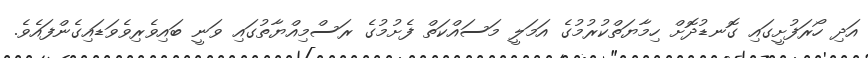
އަދި ހޯރަފުށީގައި ގޮނޑުދޮށް ހިމާޔަތްކުރުމުގެ އަމަލީ މަސައްކަތް ފެށުމުގެ ރަސްމިއްޔާތުގައި ވަނީ ބައިވެރިވެވަޑައިގެންފައެވެ.